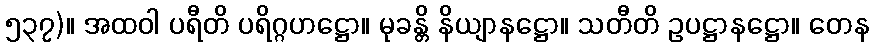
၅၃၇)။ အထဝါ ပရီတိ ပရိဂ္ဂဟဋ္ဌော။ မုခန္တိ နိယျာနဋ္ဌော။ သတီတိ ဥပဋ္ဌာနဋ္ဌော။ တေန